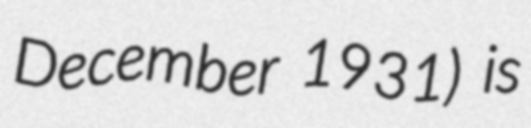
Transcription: December 1931) is